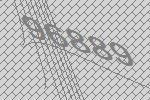
96889